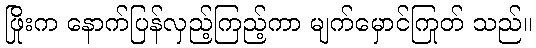
ဖြိုးက နောက်ပြန်လှည့်ကြည့်ကာ မျက်မှောင်ကြုတ် သည်။